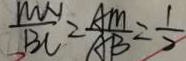
\frac { M N } { B C } = \frac { A M } { A B } = \frac { 1 } { 2 }